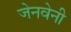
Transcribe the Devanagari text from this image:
जेनवेनी